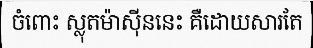
ចំពោះ ស្លុតម៉ាស៊ីននេះ គឺដោយសារតែ